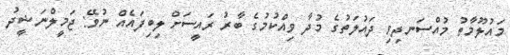
މައުލޫމާތު މުއްސަނދިވި ދައުލަތުގެ މުދާ ވިއްކުމުގެ ބާރު ރައީސަށް ލިބިފައެއް ނުވޭ: ޖަމީލްނަޝީދު